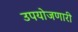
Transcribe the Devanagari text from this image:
उपयोजणारी